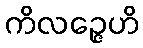
ကိလဉ္ဇေဟိ